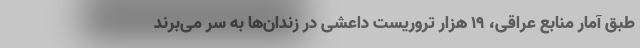
طبق آمار منابع عراقی، ۱۹ هزار تروریست داعشی در زندان‌ها به سر می‌برند